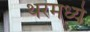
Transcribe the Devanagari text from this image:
थरमध्ये